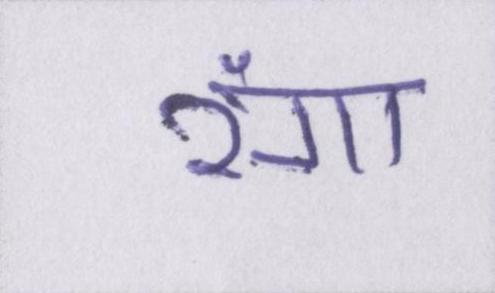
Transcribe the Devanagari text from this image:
रंगा